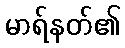
မာရ်နတ်၏